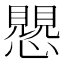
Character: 𧢅